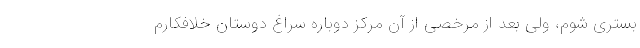
بستری شوم، ولی بعد از مرخصی از آن مرکز دوباره سراغ دوستان خلافکارم